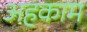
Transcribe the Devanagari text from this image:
अहकाम